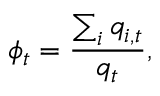
\phi _ { t } = \frac { \sum _ { i } q _ { i , t } } { q _ { t } } ,